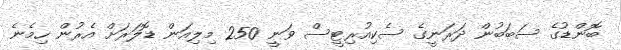
ބޮންޑުގެ ސަބަބުން ދަރަނީގެ ސެކިއުރިޓީސް ވަނީ 250 މިލިއަން ޑޮލަރަށް އެރުން ހިމެނެ